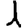
Digit: 1